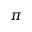
\pi